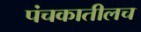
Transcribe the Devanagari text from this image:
पंचकातीलच